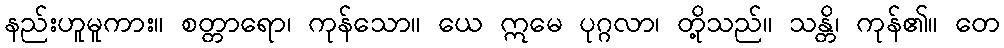
နည်းဟူမူကား။ စတ္တာရော၊ ကုန်သော။ ယေ ဣမေ ပုဂ္ဂလာ၊ တို့သည်။ သန္တိ၊ ကုန်၏။ တေ